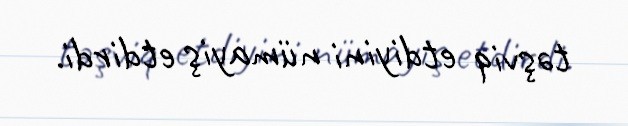
təşviq etdiyini nümayiş etdirdi.